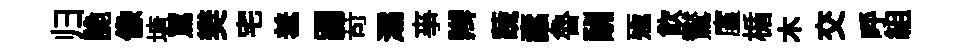
归詭像塘罵樊宅羞蹋苛灞亊辫蔬蠧魯酬殛飲鸑廑楯木交呼組